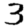
Digit: 3